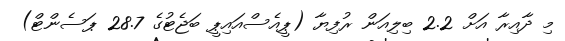
މި ދާއިރާ އަށް 2.2 ބިލިއަން ރުފިޔާ (ޕީއެސްއައިޕީ ބަޖެޓުގެ 28.7 ޕަސެންޓް)